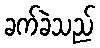
ခက်ခဲသည်